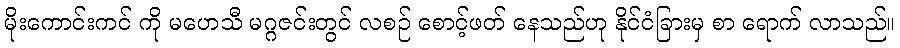
မိုးကောင်းကင် ကို မဟေသီ မဂ္ဂဇင်းတွင် လစဉ် စောင့်ဖတ် နေသည်ဟု နိုင်ငံခြားမှ စာ ရောက် လာသည်။